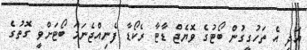
އަދި އެ ތަހުގީގުން ބޯޓުގެ ވޮޔެޖް ޑާޓާ ރެކޯޑާ ފެނިއްޖެނަމަ ބޯޓަށްވީ ގޮތުގެ